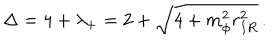
LaTeX: \Delta = 4 + \lambda _ { + } = 2 + \sqrt { 4 + m _ { \phi } ^ { 2 } r _ { I R } ^ { 2 } } \, .